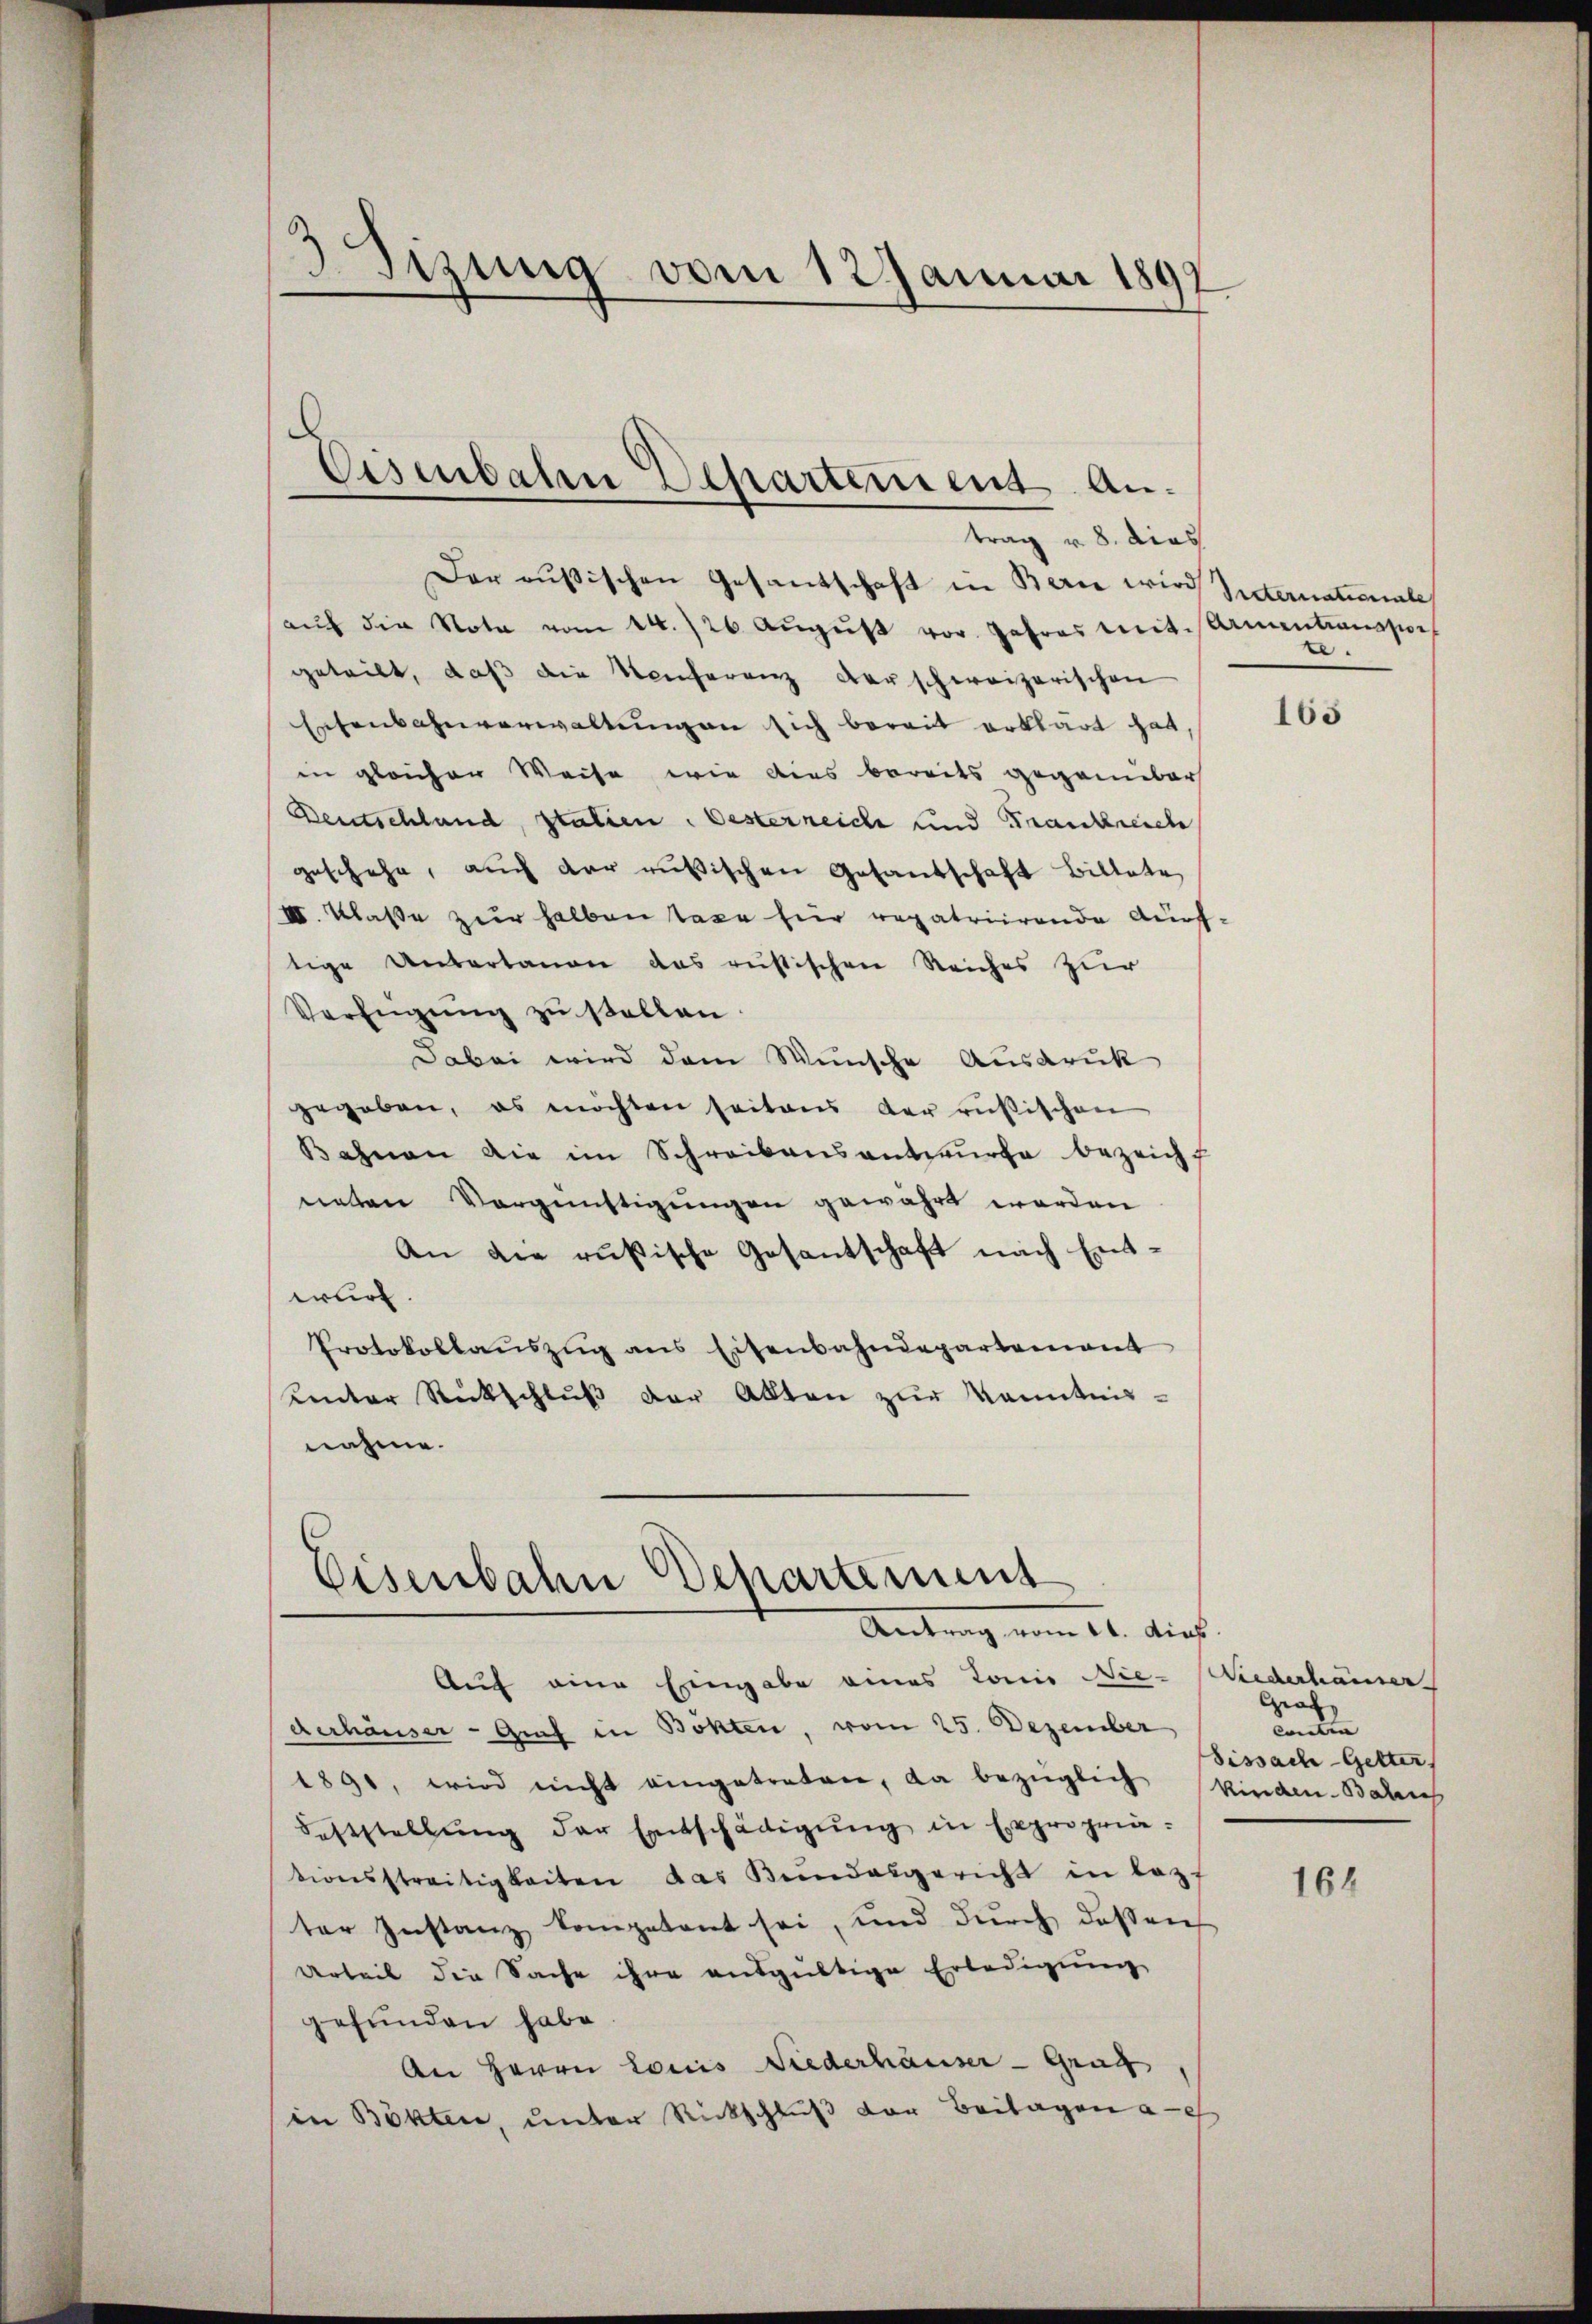
3Sizung vom 12 Januar 1897

Eisenbalen Departement Antrag v. 8. dies

Der rusischen Gesandschaft in Bern wird Peternationale
aŭf die Nota vom 24. 126. Aŭgŭst vor. Jahres mit. Samentranspor
geteilt, daβ die Konferenz derschweizerischen
Eisenbahnverwaltungen sich bereit erklärt hat.
in gleicher Weise wie dies bereits gegenüber
Deutschland, statien. Oesterreiche und Frankreich
geschehe, auch der rusischen Gesandschaft Bittete,
II. Klaße zur halben taxe für repatriirende Auftige Untertanen das rustischen Reiches zur
Verfügŭng zu sollen.
Dabei wird dem Wunsche Ausdruck
gegeben, es möchten seitens der rusischen
Bahnen die im Schreibensantwurfe bezeicht
neten Vergünstigungen gewährt worden
An die russische Gesantschaft nach Entwurf.
Protokollaŭszŭg ans Eisenbahndepartement
unter Rückschlŭβ der Alten zur Kenntnis-
nahme.

Eisenbahn Departement
Antrag vom 21. dies

Auf eine Eingabe eines Tonie Nie- Wiederhamer
derhäuser - Graf in Böhlen, vom 25. Dezember
1891, wird nicht eingetreten, da bezüglich kinden-Bahnh
Feststellŭng der Entschädigŭng in Expropria-
tionsstreitigkeiten das Bundesgericht in lezt
ter Instanz kompetent sei, und durch dessen
verheit die Sache ihre ausgültige Erledigung
gefunden habe
An Herrn Louis Fiederhäuser - Graf.
in Böhten, unter Rückschluß der Beilagen a

te.

165

Graf
Conclu
Sissach-Getter,

164